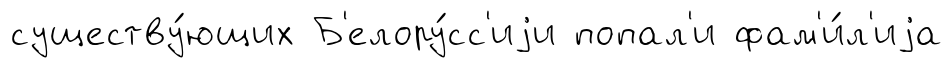
существу́ющих Б'елору́сс'иjи попал'и фам'и́л'иjа